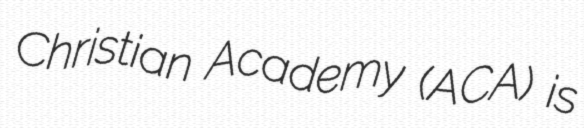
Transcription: Christian Academy (ACA) is